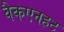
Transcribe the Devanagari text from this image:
वैकएनहट